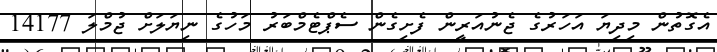
އެގޮތުން މިދިޔަަ އަހަރުގެ ޖެނުއަރީން ފެށިގެން ސެޕްޓެމްބަރު މަހުގެ ނިޔަލަށް ޖުމްލަ 14177